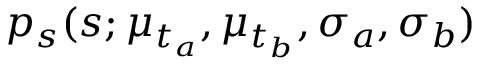
p _ { s } ( s ; \mu _ { t _ { a } } , \mu _ { t _ { b } } , \sigma _ { a } , \sigma _ { b } )